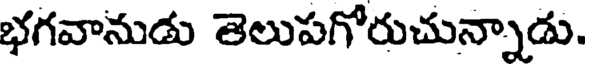
భగవానుడు తెలుపగోరుచున్నాడు.